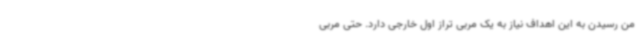
من رسیدن به این اهداف نیاز به یک مربی تراز اول خارجی دارد. حتی مربی